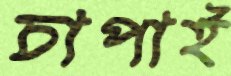
চাপাই